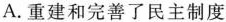
A.重建和完善了民主制度